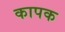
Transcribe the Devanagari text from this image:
कापक